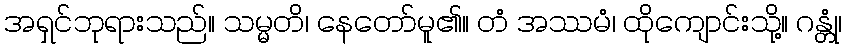
အရှင်ဘုရားသည်။ သမ္မတိ၊ နေတော်မူ၏။ တံ အဿမံ၊ ထိုကျောင်းသို့။ ဂန္တုံ၊